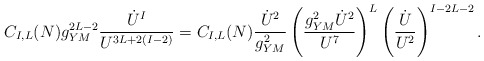
\begin{align*}C_{I,L}(N)g^{2L-2}_{YM}{\dot U^I\over U^{3L+2(I-2)}}=C_{I,L}(N){\dot U^2\over g^2_{YM}}\left ({g^2_{YM}\dot U^2\over U^{7}}\right )^L\left ({\dot U\over U^2}\right )^{I-2L-2}.\end{align*}